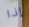
إذا